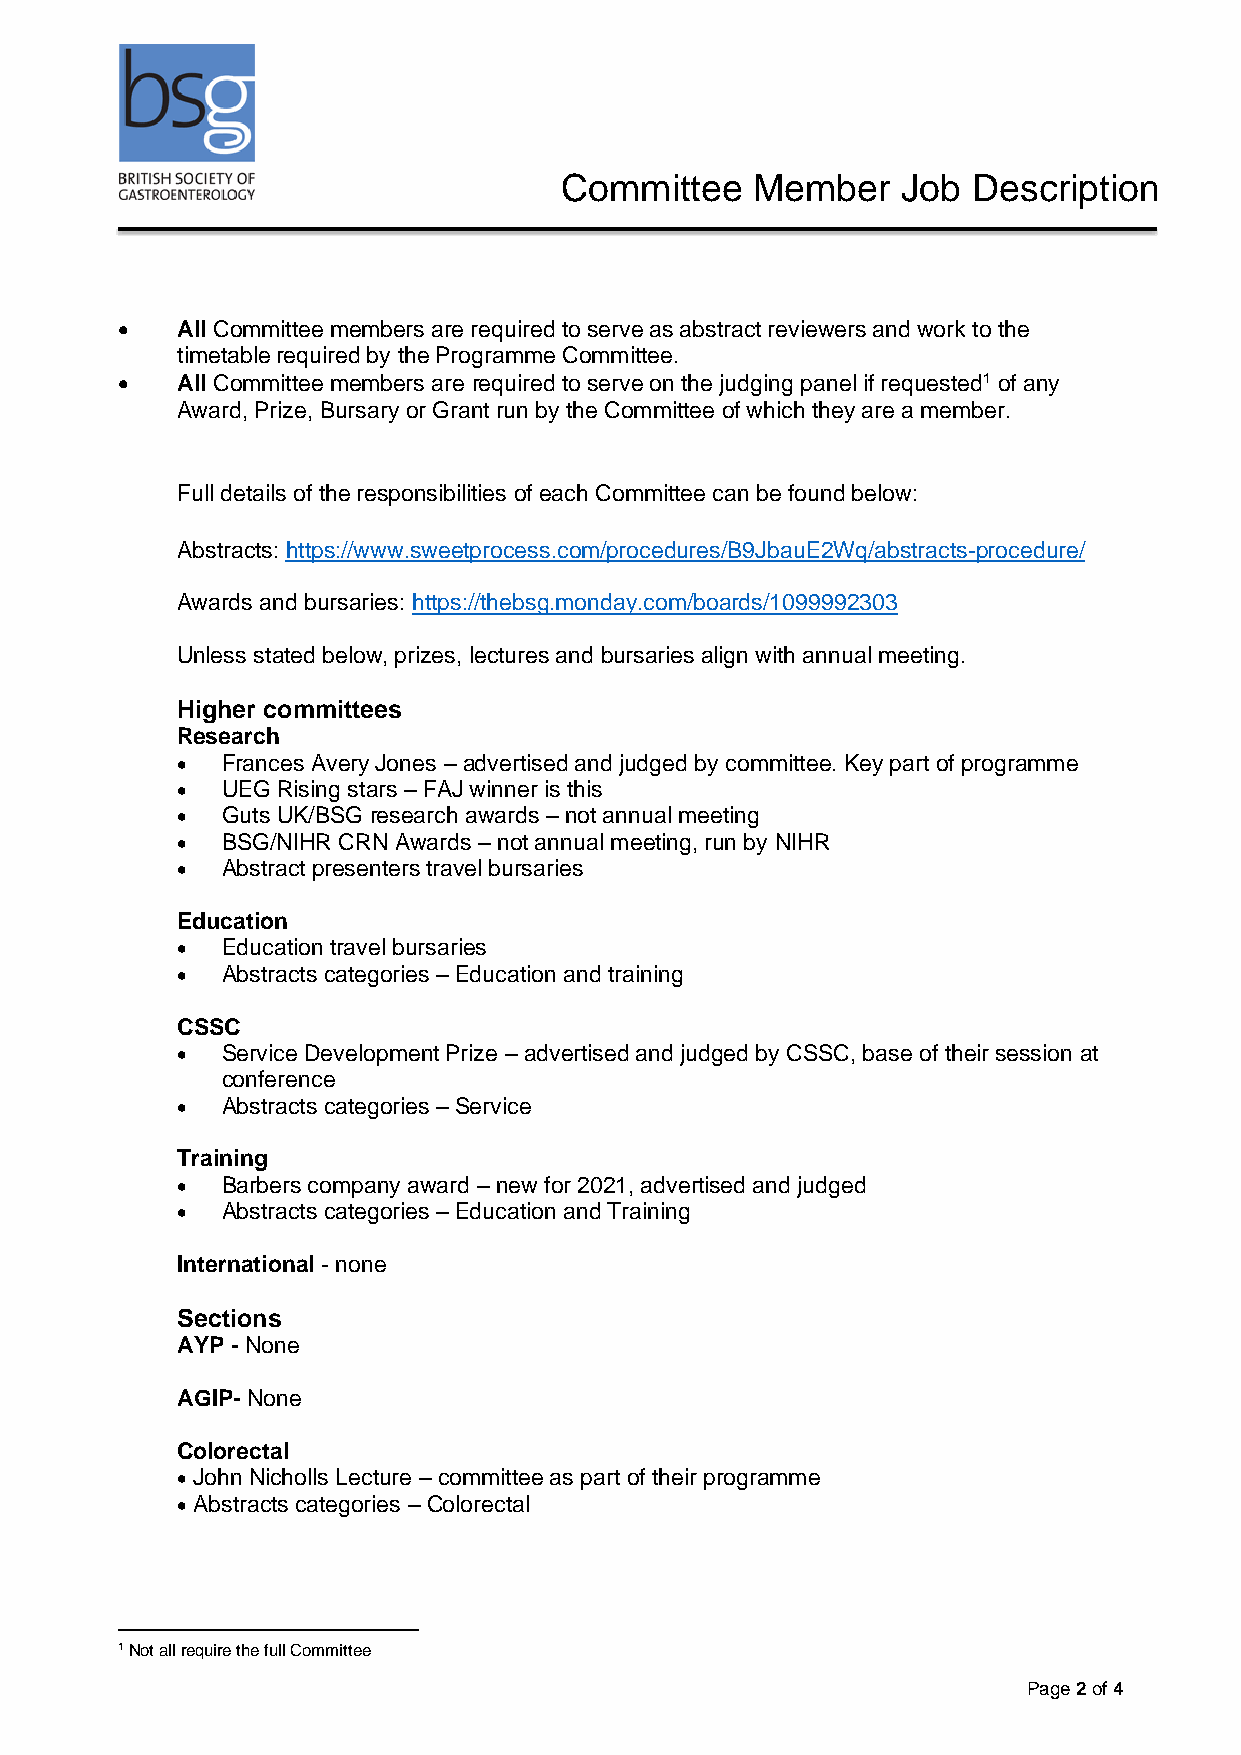
Committee    Member    Job Description
 •   All Committee members are required to serve as abstract reviewers and work to the
 timetable required by the Programme Committee.
 •   All Committee members are required to serve on the judging panel if requested1 of any
 Award, Prize, Bursary or Grant run by the Committee of which they are a member.
 Full details of the responsibilities of each Committee can be found below:
 Abstracts: https://www.sweetprocess.com/procedures/B9JbauE2Wq/abstracts-procedure/
 Awards and bursaries: https://thebsg.monday.com/boards/1099992303
 Unless stated below, prizes, lectures and bursaries align with annual meeting.
 Higher committees
 Research
 •  Frances Avery Jones – advertised and judged by committee. Key part of programme
 •  UEG Rising stars – FAJ winner is this
 •  Guts UK/BSG research awards – not annual meeting
 •  BSG/NIHR CRN Awards – not annual meeting, run by NIHR
 •  Abstract presenters travel bursaries
 Education
 •  Education travel bursaries
 •  Abstracts categories – Education and training
 CSSC
 •  Service Development Prize – advertised and judged by CSSC, base of their session at
 conference
 •  Abstracts categories – Service
 Training
 •  Barbers company award – new for 2021, advertised and judged
 •  Abstracts categories – Education and Training
 International - none
 Sections
 AYP - None
 AGIP- None
 Colorectal
 • John Nicholls Lecture – committee as part of their programme
 • Abstracts categories – Colorectal
 1 Not all require the full Committee
 Page 2 of 4